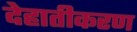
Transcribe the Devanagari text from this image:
देहातीकरण